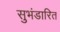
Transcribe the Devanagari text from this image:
सुभंडारित